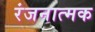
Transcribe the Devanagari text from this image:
रंजनात्मक